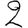
Digit: 2